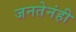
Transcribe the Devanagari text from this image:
जनतेनंही